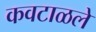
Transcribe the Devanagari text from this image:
कवटाळले